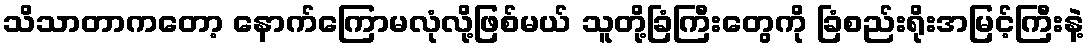
သိသာတာကတော့ နောက်ကြောမလုံလို့ဖြစ်မယ် သူတို့ခြံကြီးတွေကို ခြံစည်းရိုးအမြင့်ကြီးနဲ့